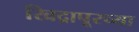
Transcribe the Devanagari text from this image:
खिद्रापूरच्या